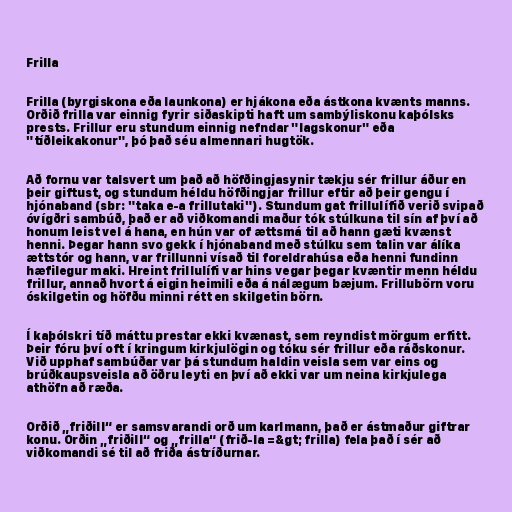
Frilla

Frilla (byrgiskona eða launkona) er hjákona eða ástkona kvænts manns.
Orðið frilla var einnig fyrir siðaskipti haft um sambýliskonu kaþólsks
prests. Frillur eru stundum einnig nefndar "lagskonur" eða
"tíðleikakonur", þó það séu almennari hugtök.

Að fornu var talsvert um það að höfðingjasynir tækju sér frillur áður en
þeir giftust, og stundum héldu höfðingjar frillur eftir að þeir gengu í
hjónaband (sbr: "taka e-a frillutaki"). Stundum gat frillulífið verið svipað
óvígðri sambúð, það er að viðkomandi maður tók stúlkuna til sín af því að
honum leist vel á hana, en hún var of ættsmá til að hann gæti kvænst
henni. Þegar hann svo gekk í hjónaband með stúlku sem talin var álíka
ættstór og hann, var frillunni vísað til foreldrahúsa eða henni fundinn
hæfilegur maki. Hreint frillulífi var hins vegar þegar kvæntir menn héldu
frillur, annað hvort á eigin heimili eða á nálægum bæjum. Frillubörn voru
óskilgetin og höfðu minni rétt en skilgetin börn.

Í kaþólskri tíð máttu prestar ekki kvænast, sem reyndist mörgum erfitt.
Þeir fóru því oft í kringum kirkjulögin og tóku sér frillur eða ráðskonur.
Við upphaf sambúðar var þá stundum haldin veisla sem var eins og
brúðkaupsveisla að öðru leyti en því að ekki var um neina kirkjulega
athöfn að ræða.

Orðið „friðill“ er samsvarandi orð um karlmann, það er ástmaður giftrar
konu. Orðin „friðill“ og „frilla“ (frið-la =&gt; frilla) fela það í sér að
viðkomandi sé til að friða ástríðurnar.